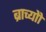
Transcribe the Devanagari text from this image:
ब्राच्योो